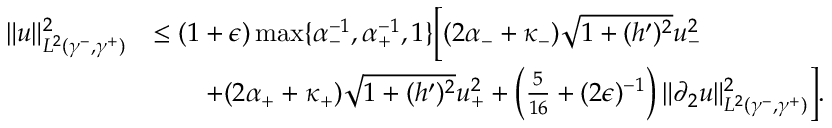
\begin{array} { r l } { \| u \| _ { L ^ { 2 } ( \gamma ^ { - } , \gamma ^ { + } ) } ^ { 2 } } & { \leq ( 1 + \epsilon ) \operatorname* { m a x } \lbrace \alpha _ { - } ^ { - 1 } , \alpha _ { + } ^ { - 1 } , 1 \rbrace \bigg [ ( 2 \alpha _ { - } + \kappa _ { - } ) \sqrt { 1 + ( h ^ { \prime } ) ^ { 2 } } u _ { - } ^ { 2 } } \\ & { \qquad + ( 2 \alpha _ { + } + \kappa _ { + } ) \sqrt { 1 + ( h ^ { \prime } ) ^ { 2 } } u _ { + } ^ { 2 } + \left( \frac { 5 } { 1 6 } + ( 2 \epsilon ) ^ { - 1 } \right) \| \partial _ { 2 } u \| _ { L ^ { 2 } ( \gamma ^ { - } , \gamma ^ { + } ) } ^ { 2 } \bigg ] . } \end{array}